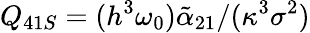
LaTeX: Q_{41S}=(h^{3}\omega_{0})\tilde{\alpha}_{21}/(\kappa^{3}\sigma^{2})